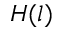
H ( l )